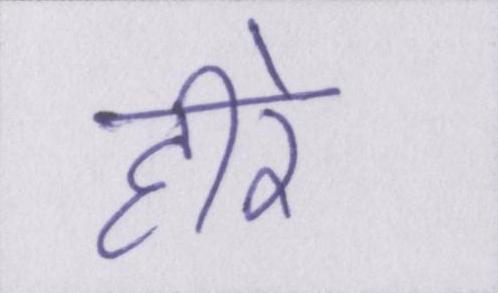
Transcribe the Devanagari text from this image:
हीरे